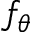
f _ { \theta }